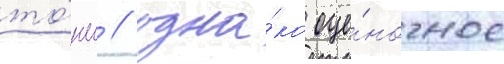
то́нн / одна́ко оце́ночное